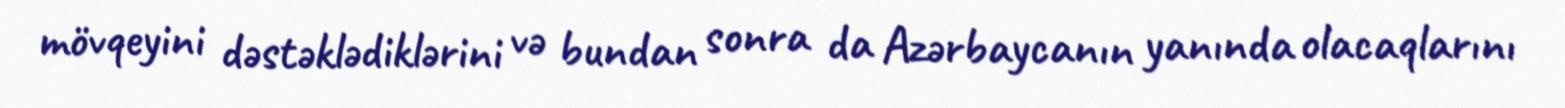
mövqeyini dəstəklədiklərini və bundan sonra da Azərbaycanın yanında olacaqlarını